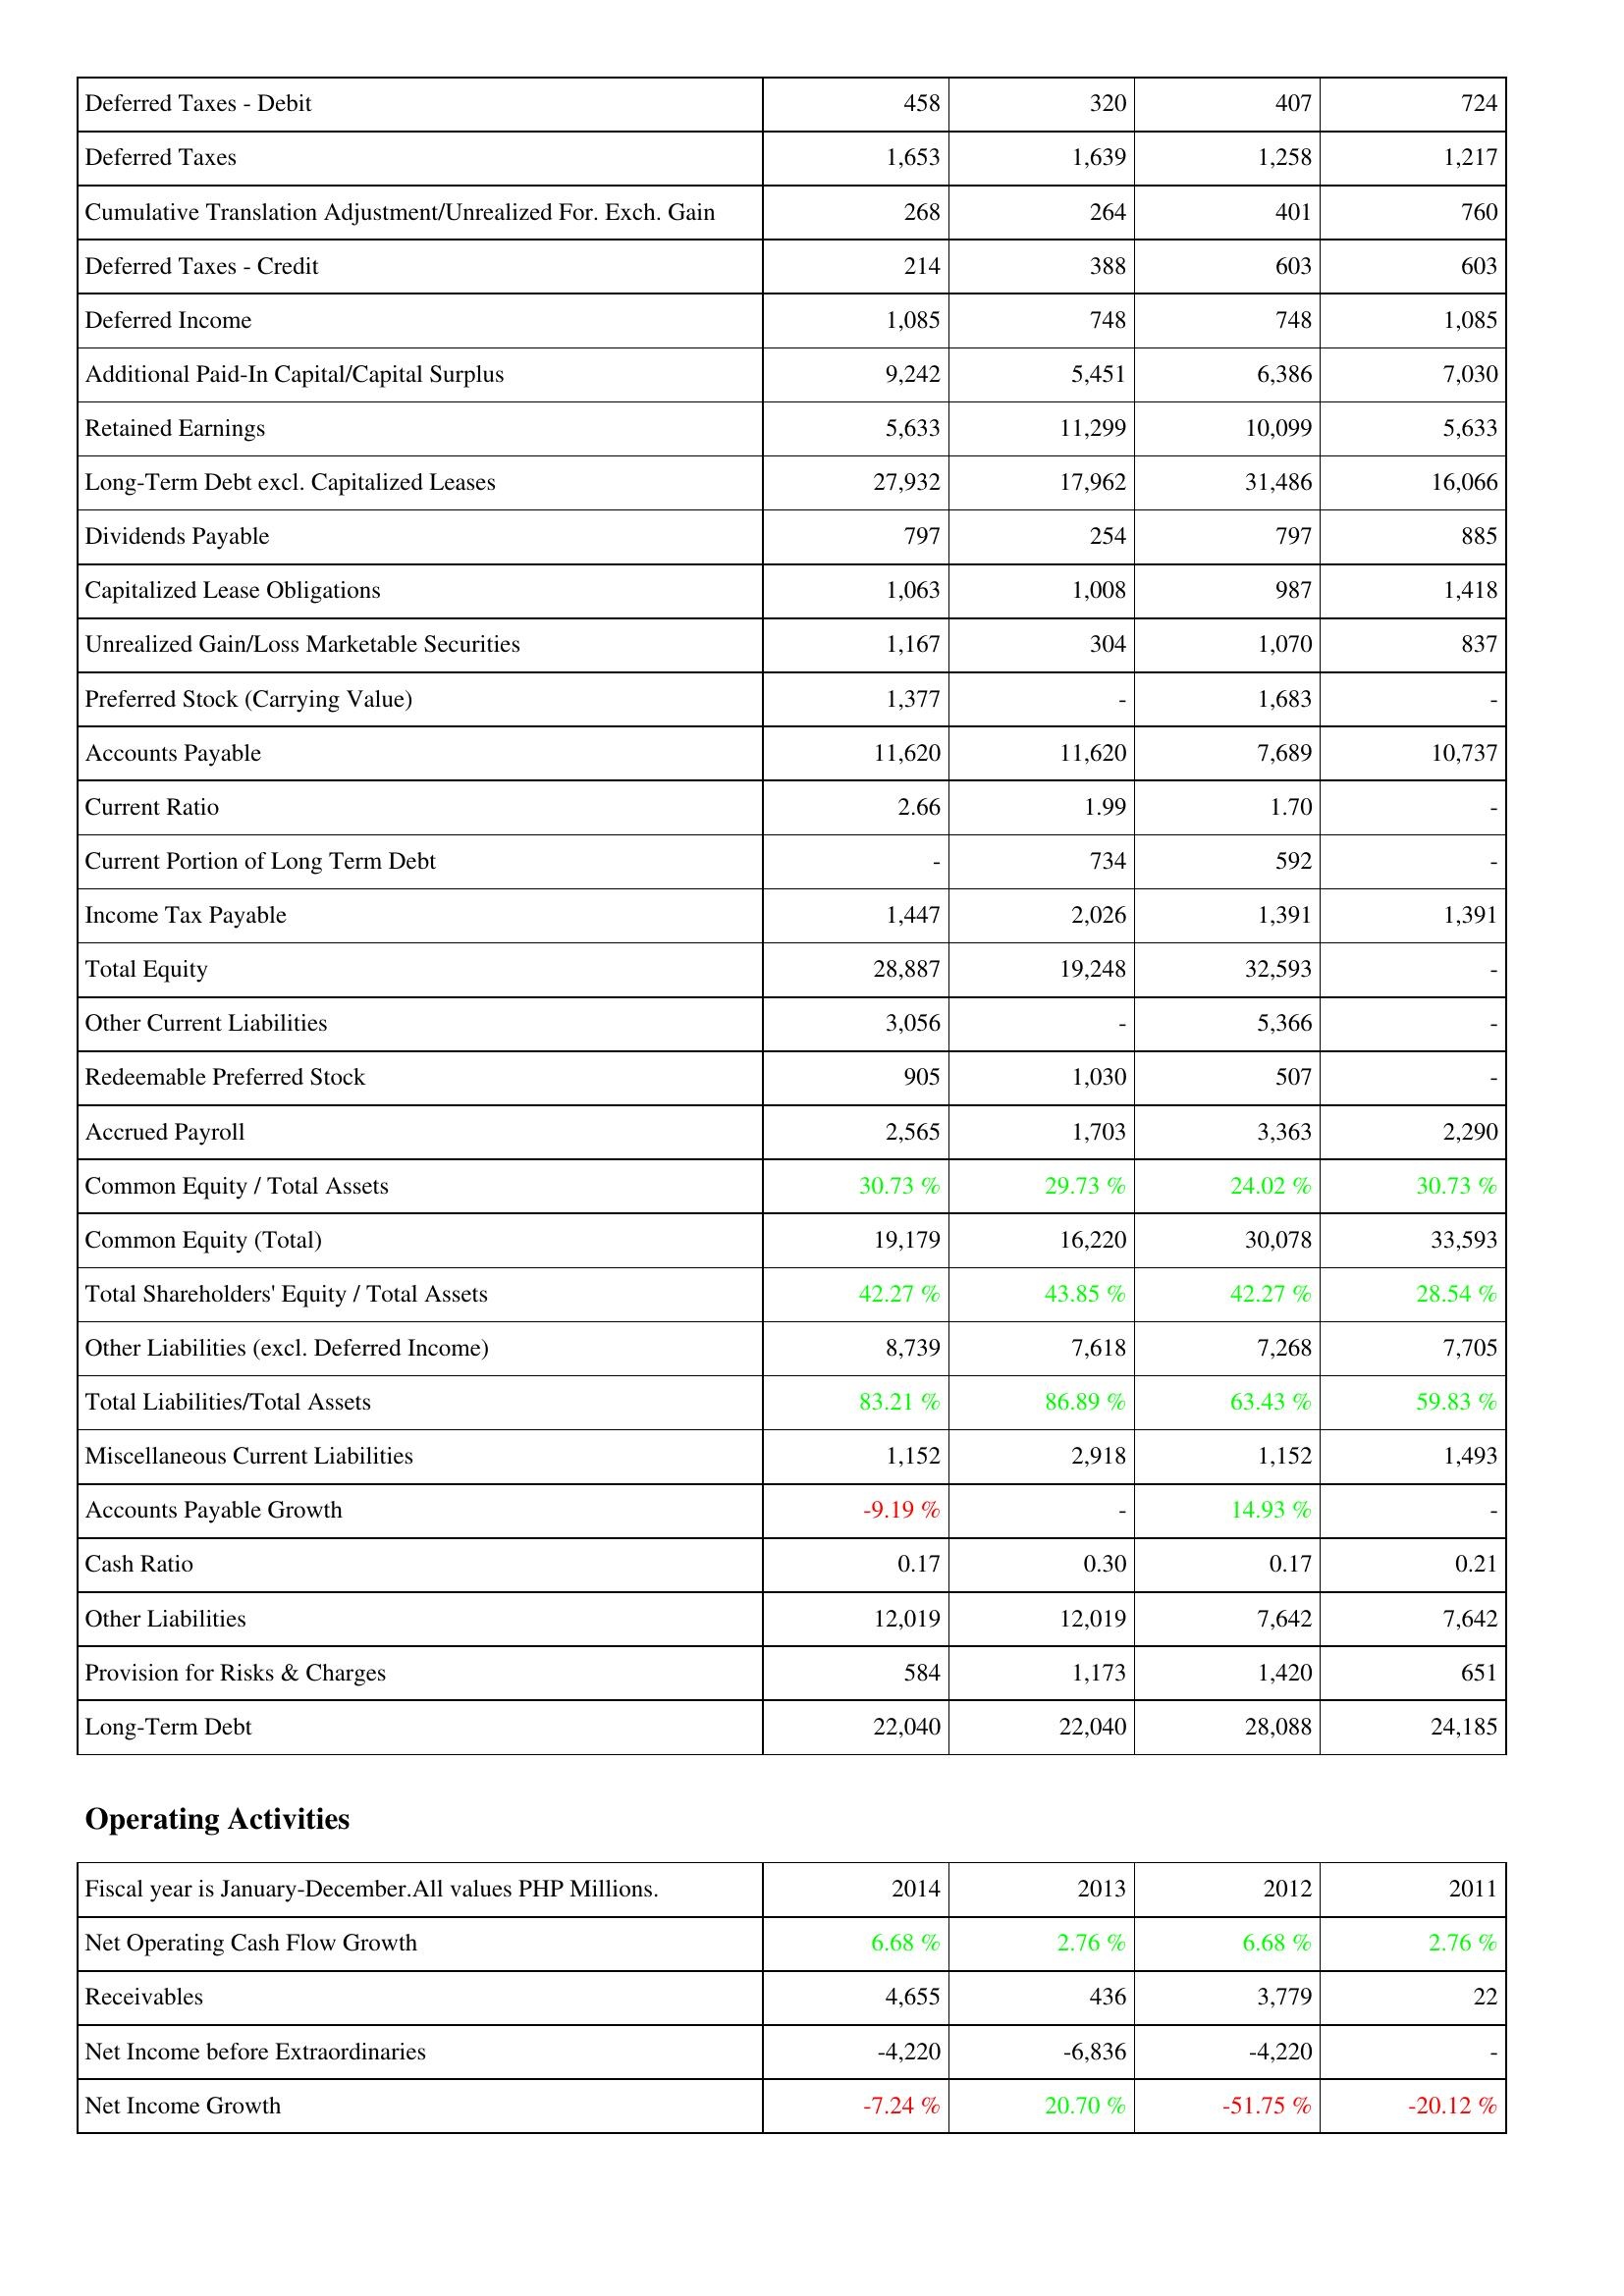
2014: Liabilities & Shareholders' Equity: Deferred Taxes - Debit: 458
Deferred Taxes: 1,653
Cumulative Translation Adjustment/Unrealized For. Exch. Gain: 268
Deferred Taxes - Credit: 214
Deferred Income: 1,085
Additional Paid-In Capital/Capital Surplus: 9,242
Retained Earnings: 5,633
Long-Term Debt excl. Capitalized Leases: 27,932
Dividends Payable: 797
Capitalized Lease Obligations: 1,063
Unrealized Gain/Loss Marketable Securities: 1,167
Preferred Stock (Carrying Value): 1,377
Accounts Payable: 11,620
Current Ratio: 2.66
Current Portion of Long Term Debt: -
Income Tax Payable: 1,447
Total Equity: 28,887
Other Current Liabilities: 3,056
Redeemable Preferred Stock: 905
Accrued Payroll: 2,565
Common Equity / Total Assets: 30.73 %
Common Equity (Total): 19,179
Total Shareholders' Equity / Total Assets: 42.27 %
Other Liabilities (excl. Deferred Income): 8,739
Total Liabilities/Total Assets: 83.21 %
Miscellaneous Current Liabilities: 1,152
Accounts Payable Growth: -9.19 %
Cash Ratio: 0.17
Other Liabilities: 12,019
Provision for Risks & Charges: 584
Long-Term Debt: 22,040
Operating Activities: Net Operating Cash Flow Growth: 6.68 %
Receivables: 4,655
Net Income before Extraordinaries: -4,220
Net Income Growth: -7.24 %
2013: Liabilities & Shareholders' Equity: Deferred Taxes - Debit: 320
Deferred Taxes: 1,639
Cumulative Translation Adjustment/Unrealized For. Exch. Gain: 264
Deferred Taxes - Credit: 388
Deferred Income: 748
Additional Paid-In Capital/Capital Surplus: 5,451
Retained Earnings: 11,299
Long-Term Debt excl. Capitalized Leases: 17,962
Dividends Payable: 254
Capitalized Lease Obligations: 1,008
Unrealized Gain/Loss Marketable Securities: 304
Preferred Stock (Carrying Value): -
Accounts Payable: 11,620
Current Ratio: 1.99
Current Portion of Long Term Debt: 734
Income Tax Payable: 2,026
Total Equity: 19,248
Other Current Liabilities: -
Redeemable Preferred Stock: 1,030
Accrued Payroll: 1,703
Common Equity / Total Assets: 29.73 %
Common Equity (Total): 16,220
Total Shareholders' Equity / Total Assets: 43.85 %
Other Liabilities (excl. Deferred Income): 7,618
Total Liabilities/Total Assets: 86.89 %
Miscellaneous Current Liabilities: 2,918
Accounts Payable Growth: -
Cash Ratio: 0.30
Other Liabilities: 12,019
Provision for Risks & Charges: 1,173
Long-Term Debt: 22,040
Operating Activities: Net Operating Cash Flow Growth: 2.76 %
Receivables: 436
Net Income before Extraordinaries: -6,836
Net Income Growth: 20.70 %
2012: Liabilities & Shareholders' Equity: Deferred Taxes - Debit: 407
Deferred Taxes: 1,258
Cumulative Translation Adjustment/Unrealized For. Exch. Gain: 401
Deferred Taxes - Credit: 603
Deferred Income: 748
Additional Paid-In Capital/Capital Surplus: 6,386
Retained Earnings: 10,099
Long-Term Debt excl. Capitalized Leases: 31,486
Dividends Payable: 797
Capitalized Lease Obligations: 987
Unrealized Gain/Loss Marketable Securities: 1,070
Preferred Stock (Carrying Value): 1,683
Accounts Payable: 7,689
Current Ratio: 1.70
Current Portion of Long Term Debt: 592
Income Tax Payable: 1,391
Total Equity: 32,593
Other Current Liabilities: 5,366
Redeemable Preferred Stock: 507
Accrued Payroll: 3,363
Common Equity / Total Assets: 24.02 %
Common Equity (Total): 30,078
Total Shareholders' Equity / Total Assets: 42.27 %
Other Liabilities (excl. Deferred Income): 7,268
Total Liabilities/Total Assets: 63.43 %
Miscellaneous Current Liabilities: 1,152
Accounts Payable Growth: 14.93 %
Cash Ratio: 0.17
Other Liabilities: 7,642
Provision for Risks & Charges: 1,420
Long-Term Debt: 28,088
Operating Activities: Net Operating Cash Flow Growth: 6.68 %
Receivables: 3,779
Net Income before Extraordinaries: -4,220
Net Income Growth: -51.75 %
2011: Liabilities & Shareholders' Equity: Deferred Taxes - Debit: 724
Deferred Taxes: 1,217
Cumulative Translation Adjustment/Unrealized For. Exch. Gain: 760
Deferred Taxes - Credit: 603
Deferred Income: 1,085
Additional Paid-In Capital/Capital Surplus: 7,030
Retained Earnings: 5,633
Long-Term Debt excl. Capitalized Leases: 16,066
Dividends Payable: 885
Capitalized Lease Obligations: 1,418
Unrealized Gain/Loss Marketable Securities: 837
Preferred Stock (Carrying Value): -
Accounts Payable: 10,737
Current Ratio: -
Current Portion of Long Term Debt: -
Income Tax Payable: 1,391
Total Equity: -
Other Current Liabilities: -
Redeemable Preferred Stock: -
Accrued Payroll: 2,290
Common Equity / Total Assets: 30.73 %
Common Equity (Total): 33,593
Total Shareholders' Equity / Total Assets: 28.54 %
Other Liabilities (excl. Deferred Income): 7,705
Total Liabilities/Total Assets: 59.83 %
Miscellaneous Current Liabilities: 1,493
Accounts Payable Growth: -
Cash Ratio: 0.21
Other Liabilities: 7,642
Provision for Risks & Charges: 651
Long-Term Debt: 24,185
Operating Activities: Net Operating Cash Flow Growth: 2.76 %
Receivables: 22
Net Income before Extraordinaries: -
Net Income Growth: -20.12 %